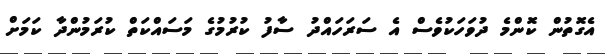
އެގޮތުން ކޮންމެ ދުވަހަކުވެސް އެ ސަރަހައްދު ސާފު ކުރުމުގެ މަސައްކަތް ކުރަމުންދާ ކަމަށް